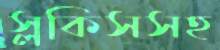
স্লকিসসহ